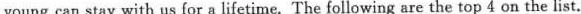
young can stay with us for a lifetime. The following are the top 4 on the list.